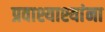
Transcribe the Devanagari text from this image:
प्रवाश्याश्यांना